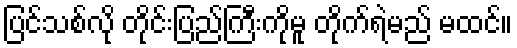
ပြင်သစ်လို တိုင်းပြည်ကြီးကိုမူ တိုက်ရဲမည် မထင်။